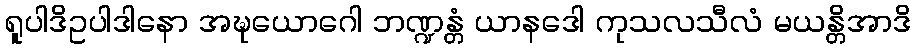
ရူပါဒိဥပါဒါနော အဍ္ဎယောဂေါ ဘဏ္ဍန္တံ ယာနဒေါ ကုသလသီလံ မယန္တိအာဒိ